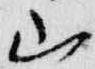
山